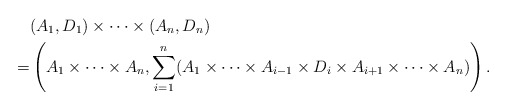
\begin{align*}&(A_1,D_1)\times \cdots \times (A_n,D_n) \\= &\left(A_1\times \cdots \times A_n, \sum_{i=1}^n(A_1\times \cdots \times A_{i-1}\times D_i\times A_{i+1}\times \cdots \times A_n)\right).\end{align*}